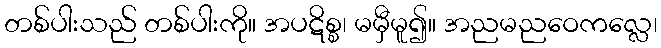
တစ်ပါးသည် တစ်ပါးကို။ အပဋိစ္စ၊ မမှီမူ၍။ အညမညဝေကလ္လေ၊